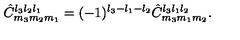
\hat { C } _ { m _ { 3 } m _ { 2 } m _ { 1 } } ^ { l _ { 3 } l _ { 2 } l _ { 1 } } = ( - 1 ) ^ { l _ { 3 } - l _ { 1 } - l _ { 2 } } \hat { C } _ { m _ { 3 } m _ { 1 } m _ { 2 } } ^ { l _ { 3 } l _ { 1 } l _ { 2 } } .